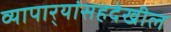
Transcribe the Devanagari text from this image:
व्यापार्‍यांसहदेखील